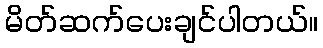
မိတ်ဆက်ပေးချင်ပါတယ်။